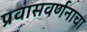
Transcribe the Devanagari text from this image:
प्रवासवर्णनाचा